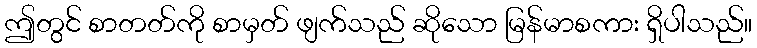
ဤတွင် စာတတ်ကို စာမှတ် ဖျက်သည် ဆိုသော မြန်မာစကား ရှိပါသည်။